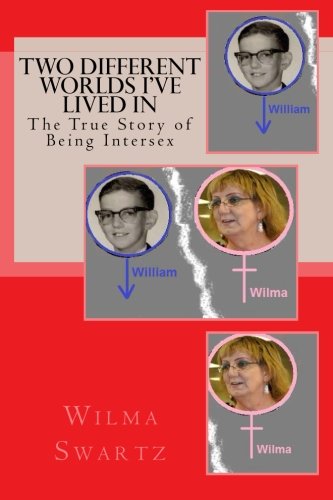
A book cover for Two Different Worlds I've Lived In: The True Story of Being Intersex; Wilma Swartz; Biographies & Memoirs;